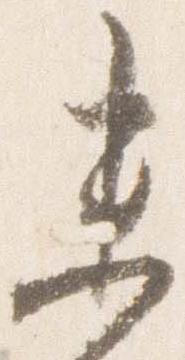
未